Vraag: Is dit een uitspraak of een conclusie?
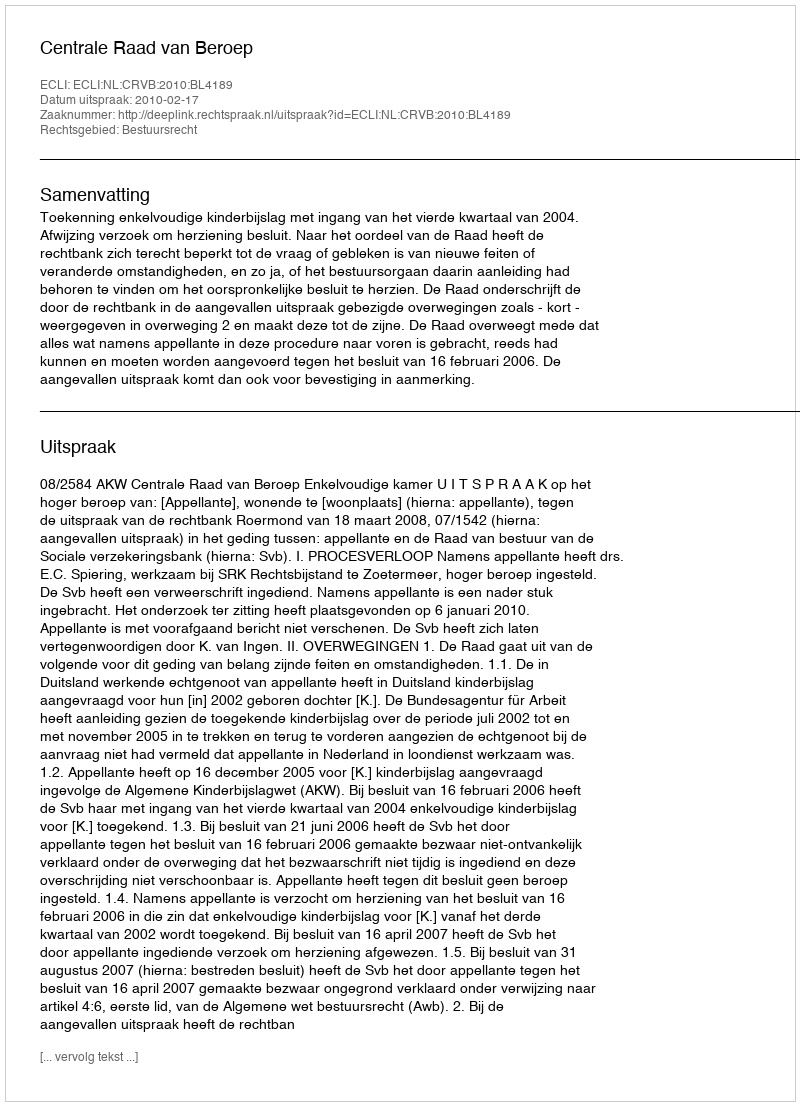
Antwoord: Uitspraak